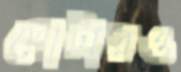
ছোটারও